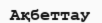
Ақбеттау